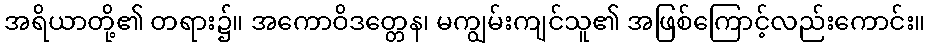
အရိယာတို့၏ တရား၌။ အကောဝိဒတ္တေန၊ မကျွမ်းကျင်သူ၏ အဖြစ်ကြောင့်လည်းကောင်း။